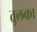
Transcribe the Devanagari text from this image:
तुलका